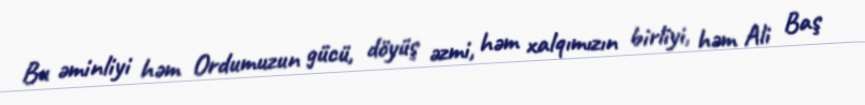
Bu əminliyi həm Ordumuzun gücü, döyüş əzmi, həm xalqımızın birliyi, həm Ali Baş